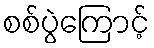
စစ်ပွဲကြောင့်